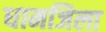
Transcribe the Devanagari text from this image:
धामजिला